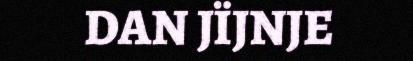
DAN JÏJNJE